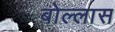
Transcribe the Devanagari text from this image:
बोल्लास